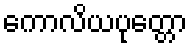
ကောလိယပုတ္တော